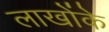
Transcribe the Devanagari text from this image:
लाखोंके